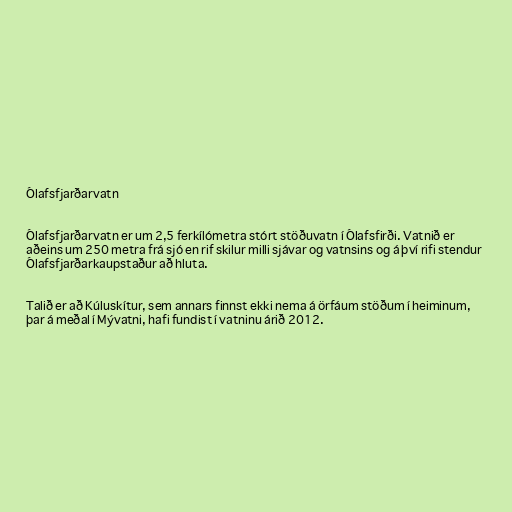
Ólafsfjarðarvatn

Ólafsfjarðarvatn er um 2,5 ferkílómetra stórt stöðuvatn í Ólafsfirði. Vatnið er
aðeins um 250 metra frá sjó en rif skilur milli sjávar og vatnsins og á því rifi stendur
Ólafsfjarðarkaupstaður að hluta.

Talið er að Kúluskítur, sem annars finnst ekki nema á örfáum stöðum í heiminum,
þar á meðal í Mývatni, hafi fundist í vatninu árið 2012.